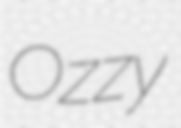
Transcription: Ozzy